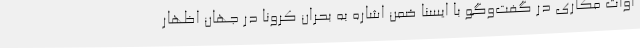
آوات مکاری در گفت‌وگو با ایسنا ضمن اشاره به بحران کرونا در جهان اظهار